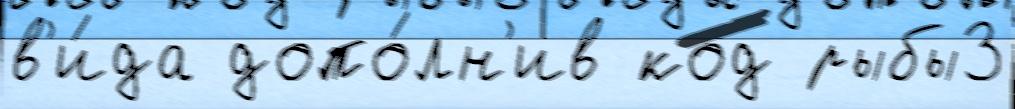
в'и́да допо́лн'ив код рыбы3